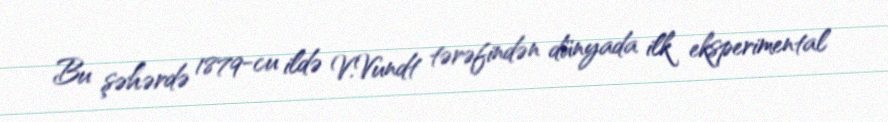
Bu şəhərdə 1879-cu ildə V.Vundt tərəfindən dünyada ilk eksperimental